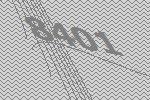
8401